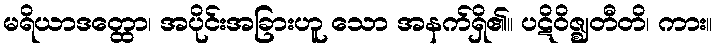
မရိယာဒတ္ထော၊ အပိုင်းအခြားဟူ သော အနက်ရှိ၏။ ပဋိဝိဇ္ဈတီတိ၊ ကား။